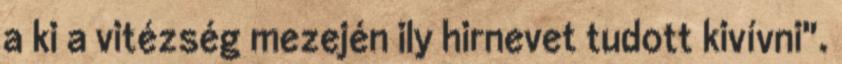
a ki a vitézség mezején ily hirnevet tudott kivívni".